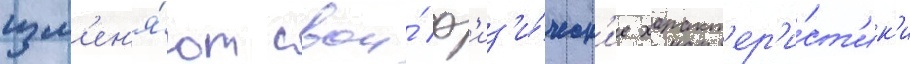
изм'ен'я́ют свои́ ф'из'и́ческ'ие характ'ер'и́ст'ик'и